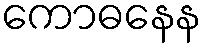
ကောဓနေန